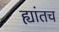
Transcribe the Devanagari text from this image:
ह्यांतच